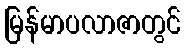
မြန်မာပလာဇာတွင်